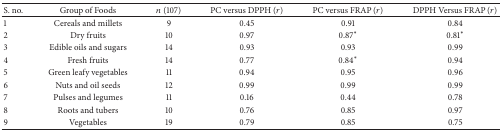
<table><thead><tr><td><b>S. no.</b></td><td><b>Group of Foods</b></td><td><b><i>n</i> (107)</b></td><td><b>PC versus DPPH (<i>r</i>)</b></td><td><b>PC versus FRAP (<i>r</i>)</b></td><td><b>DPPH Versus FRAP (<i>r</i>)</b></td></tr></thead><tbody><tr><td>1</td><td>Cereals and millets</td><td>9</td><td>0.45</td><td>0.91</td><td>0.84</td></tr><tr><td>2</td><td>Dry fruits</td><td>10</td><td>0.97</td><td>0.87*</td><td>0.81*</td></tr><tr><td>3</td><td>Edible oils and sugars</td><td>14</td><td>0.93</td><td>0.93</td><td>0.99</td></tr><tr><td>4</td><td>Fresh fruits</td><td>14</td><td>0.77</td><td>0.84*</td><td>0.94</td></tr><tr><td>5</td><td>Green leafy vegetables</td><td>11</td><td>0.94</td><td>0.95</td><td>0.96</td></tr><tr><td>6</td><td>Nuts and oil seeds</td><td>12</td><td>0.99</td><td>0.99</td><td>0.99</td></tr><tr><td>7</td><td>Pulses and legumes</td><td>11</td><td>0.16</td><td>0.44</td><td>0.78</td></tr><tr><td>8</td><td>Roots and tubers</td><td>10</td><td>0.76</td><td>0.85</td><td>0.97</td></tr><tr><td>9</td><td>Vegetables</td><td>19</td><td>0.79</td><td>0.85</td><td>0.75</td></tr></tbody></table>